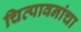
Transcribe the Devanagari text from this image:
चित्पावनांचा